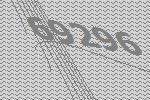
69296